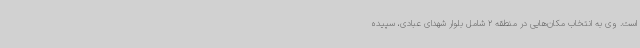
است. وی به انتخاب مکان‌هایی در منطقه 2 شامل بلوار شهدای عبادی، سپیده